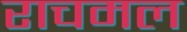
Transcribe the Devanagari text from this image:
राचमल